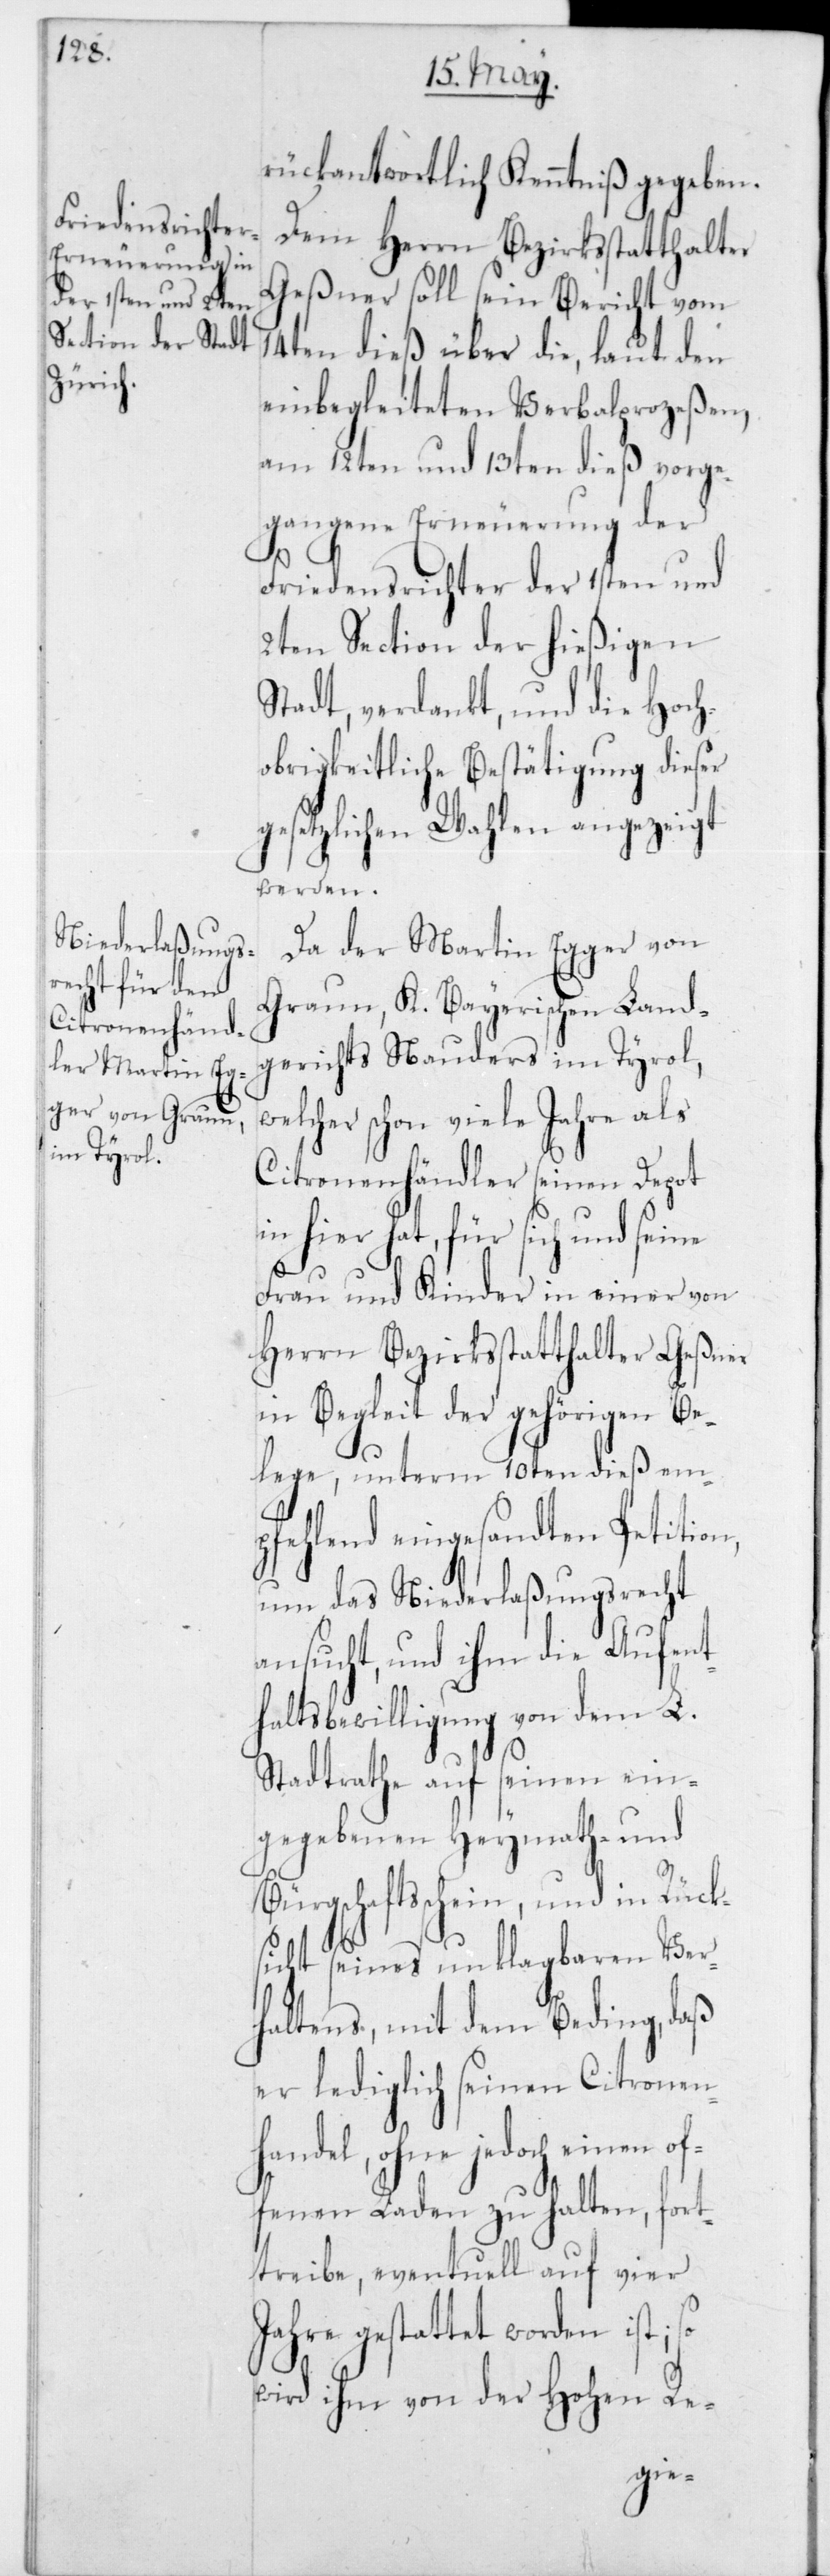
in Rück¬

rückantwortlich Kenntniß gegeben.
Dem Herrn Bezirksstatthalter
Geßner soll sein Bericht vom
14ten dieß über die, laut den
einbegleiteten Verbalprozeß en,
am 12ten und 13ten dieß vorge¬
gangene Erneuerung der
Friedensrichter der 1sten und
2ten Section der hießigen
Stadt, verdankt, und die Hoch¬
obrigkeitliche Bestätigung dieser
gesetzlichen Wahlen angezeigt
werden.
Da der Martin Egger von
Graun, K. Bayerischen Land¬
gerichts Nauders im Tyrol,
elcher schon viele Jahre als
Citronenhändler seinen Depot
in hier hat, für sich und seine
Frau und Kinder in einer von
Herrn Bezirksstatthalter Geßner
in Begleit der gehörigen Be¬
lege, unterm 10ten dieß em¬
pfehlend eingesandten Petition,
um das Niederlaßungsrecht
ansucht, und ihm die Aufent¬
haltsbewilligung von dem L.
Stadtrathe auf seinen ein¬
gegebenen Heymath- und
Bürgschaftsschein, und
sicht seines unklagbaren Ver¬
haltens, mit dem Beding, daß
er lediglich seinen Citronen¬
handel, ohne jedoch einen o¬
ffenen Laden zu halten, fort¬
treibe, eventuell auf vier
Jahre gestattet worden ist; so
wird ihm von der Hohen Re-
w¬